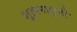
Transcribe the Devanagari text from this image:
शूद्रापासूनी